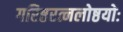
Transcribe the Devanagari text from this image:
गरिष्ठरत्नलोष्ठयोः